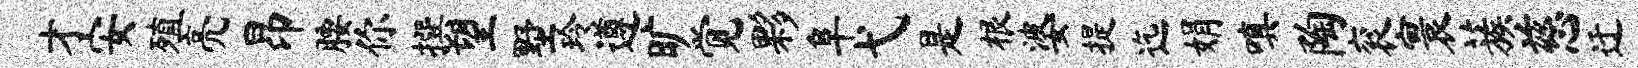
才安殖亮昂腰你撰望墅玲遵旷觉夥阜弋是根婆提迄娟嗔陶衮寰蔟慈迂